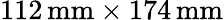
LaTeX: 112{\, \mathrm{mm}}\times 174{\, \mathrm{mm}}